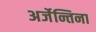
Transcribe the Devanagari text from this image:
अर्जेन्तिना